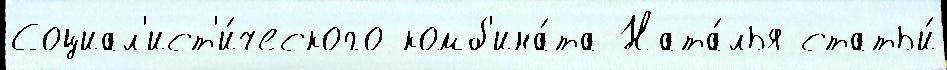
Социал'ист'и́ческого комб'ина́та Ната́лья статьи́